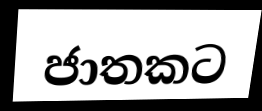
ජාතකට